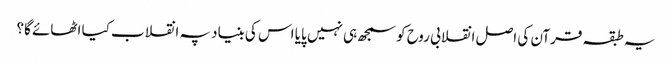
یہ طبقہ قرآن کی اصل انقلابی روح کو سمجھ ہی نہیں پایا اس کی بنیاد پہ انقلاب کیا اٹھائے گا؟